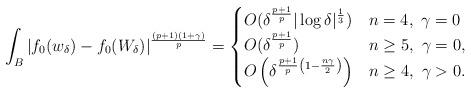
LaTeX: \begin{align*}\int_{B} |f_0&(w_\delta)-f_0(W_\delta)|^\frac{(p+1)(1+\gamma)}{p}=\begin{cases}O(\delta^{\frac{p+1}{p}}|\log \delta|^\frac{1}{3}) & n=4,\ \gamma=0\\O(\delta^{\frac{p+1}{p}}) & n\geq 5,\ \gamma=0,\\O\left(\delta^{\frac{p+1}{p}\left(1-\frac{n\gamma}{2}\right)}\right) & n\geq 4,\ \gamma>0.\end{cases}\end{align*}